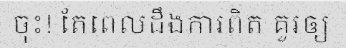
ចុះ! តែពេលដឹងការពិត គួរឲ្យ